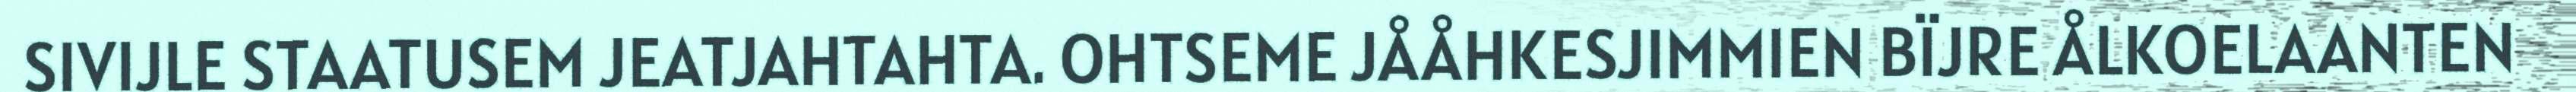
SIVIJLE STAATUSEM JEATJAHTAHTA. OHTSEME JÅÅHKESJIMMIEN BÏJRE ÅLKOELAANTEN